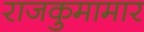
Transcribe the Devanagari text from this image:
राजकुमामार